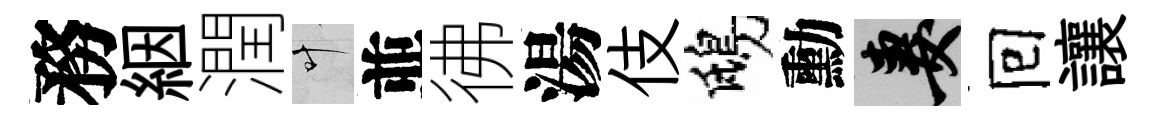
務絪潤叶並彿湯伎鴟勳妻囘讓